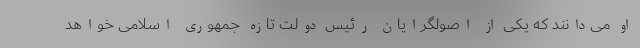
او می‌دانند که یکی از اصولگرایان رئیس دولت تازه جمهوری اسلامی خواهد